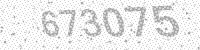
Solution: 673075